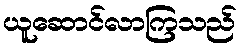
ယူဆောင်လာကြသည်